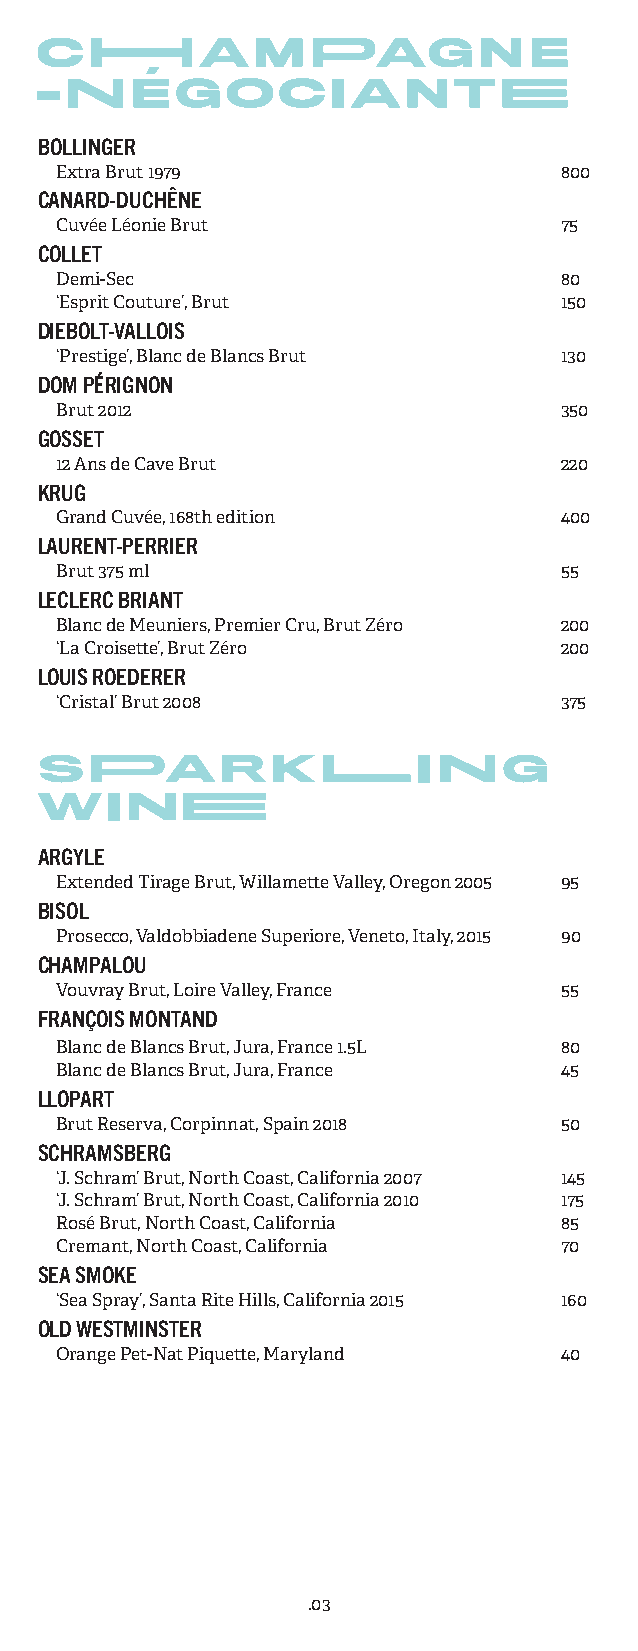
BOLLINGER
 Extra Brut 1979                  800
 CANARD-DUCHÊNE
 Cuvée Léonie Brut                75
 COLLET
 Demi-Sec                         80
 ‘Esprit Couture’, Brut           150
 DIEBOLT-VALLOIS
 ‘Prestige’, Blanc de Blancs Brut 130
 DOM PÉRIGNON
 Brut 2012                        350
 GOSSET
 12 Ans de Cave Brut              220
 KRUG
 Grand Cuvée, 168th edition       400
 LAURENT-PERRIER
 Brut 375 ml                      55
 LECLERC BRIANT
 Blanc de Meuniers, Premier Cru, Brut Zéro 200
 ‘La Croisette’, Brut Zéro        200
 LOUIS ROEDERER
 ‘Cristal’ Brut 2008              375
 ARGYLE
 Extended Tirage Brut, Willamette Valley, Oregon 2005 95
 BISOL
 Prosecco, Valdobbiadene Superiore, Veneto, Italy, 2015 90
 CHAMPALOU
 Vouvray Brut, Loire Valley, France 55
 FRANÇOIS MONTAND
 Blanc de Blancs Brut, Jura, France 1.5L 80
 Blanc de Blancs Brut, Jura, France 45
 LLOPART
 Brut Reserva, Corpinnat, Spain 2018 50
 SCHRAMSBERG
 ‘J. Schram’ Brut, North Coast, California 2007 145
 ‘J. Schram’ Brut, North Coast, California 2010 175
 Rosé Brut, North Coast, California 85
 Cremant, North Coast, California 70
 SEA SMOKE
 ‘Sea Spray’, Santa Rite Hills, California 2015 160
 OLD WESTMINSTER
 Orange Pet-Nat Piquette, Maryland 40
 .03